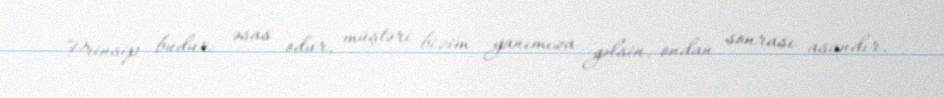
Prinsip budur: əsas odur, müştəri bizim yanımıza gəlsin, ondan sonrası asandır,